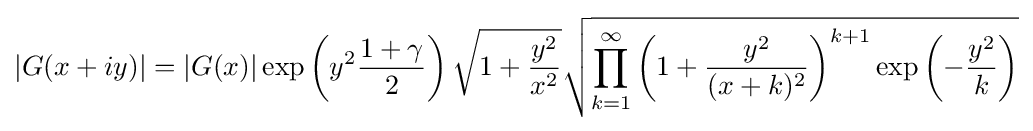
|G(x+iy)|=|G(x)|\exp \left(y^{2}{\frac {1+\gamma }{2}}\right){\sqrt {1+{\frac {y^{2}}{x^{2}}}}}{\sqrt {\prod _{k=1}^{\infty }\left(1+{\frac {y^{2}}{(x+k)^{2}}}\right)^{k+1}\exp \left(-{\frac {y^{2}}{k}}\right)}}